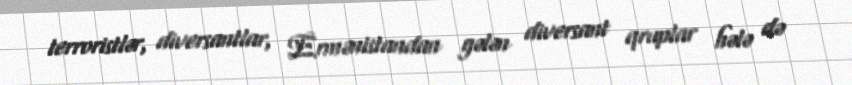
terroristlər, diversantlar, Ermənistandan gələn diversant qruplar hələ də